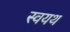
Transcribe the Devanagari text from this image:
स्वयथ